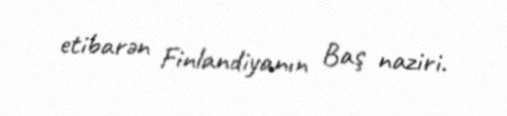
etibarən Finlandiyanın Baş naziri.